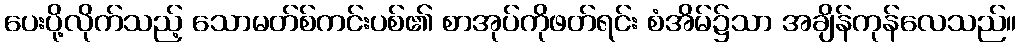
ပေးပို့လိုက်သည့် သောမတ်စ်ကင်းပစ်၏ စာအုပ်ကိုဖတ်ရင်း စံအိမ်၌သာ အချိန်ကုန်လေသည်။